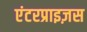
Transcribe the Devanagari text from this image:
एंटरप्राइज़स